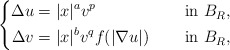
\begin{align*}\left\{\begin{aligned}\Delta u&=|x|^{a}v^{p} &&\quad\mbox{ in } B_R, \\\Delta v&=|x|^{b}v^{q}f(|\nabla u|) &&\quad\mbox{ in } B_R,\end{aligned}\right.\end{align*}